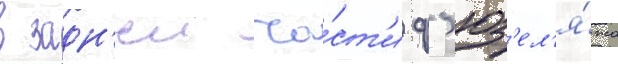
в задн'еи ча́ст'и ф'юз'ел'я́жа